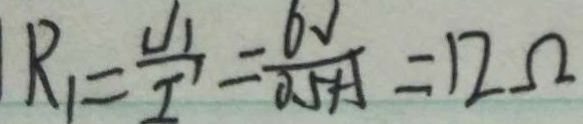
R _ { 1 } = \frac { U _ { 1 } } { I } = \frac { 6 v } { 0 . 5 A } = 1 2 \Omega